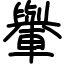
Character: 轝